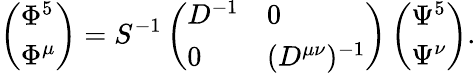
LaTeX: \left(\begin{array}{l}{{\Phi^{5}}}\\ {{\Phi^{\mu}}}\end{array}\right)=S^{-1}\left(\begin{array}{ll}{{D^{-1}}}&{{0}}\\ {{0}}&{{(D^{\mu\nu})^{-1}}}\end{array}\right)\left(\begin{array}{l}{{\Psi^{5}}}\\ {{\Psi^{\nu}}}\end{array}\right).